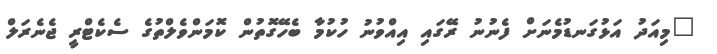
"މިއަދު އަޅުގަނޑުމެނަށް ފެނުނު ރޭގައި އިއްވުނު ހުކުމާ ބެހޭގޮތުން ކޮމަންވެލްތުގެ ސެކެޓްރީ ޖެނެރަލް